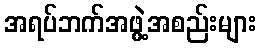
အရပ်ဘက်အဖွဲ့အစည်းများ